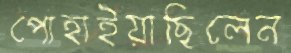
পোহাইয়াছিলেন